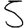
Digit: 5